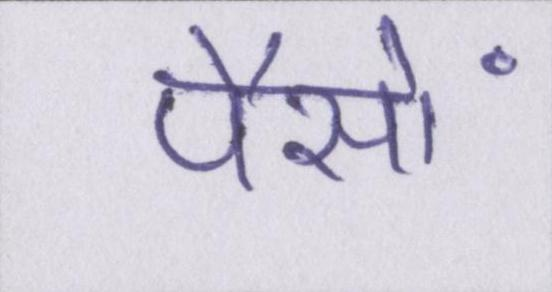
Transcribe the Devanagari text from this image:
पैसों